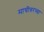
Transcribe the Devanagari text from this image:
माचीवरच्या